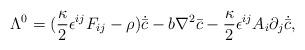
LaTeX: \begin{align*}\Lambda^{0}=(\frac{\kappa}{2}\epsilon^{ij}F_{ij}-\rho)\dot{{\bar c}}-b\nabla^2 {\bar c}-\frac{\kappa}{2}\epsilon^{ij}A_i\partial_j\dot{{\bar c}},\end{align*}